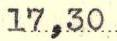
17,30